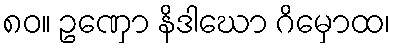
၈၀။ ဥဏှော နိဒါဃော ဂိမှောထ၊